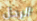
الرجل